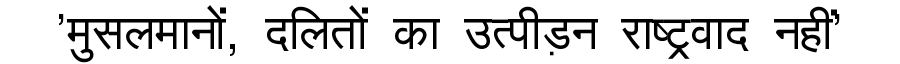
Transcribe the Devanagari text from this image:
'मुसलमानों, दलितों का उत्पीड़न राष्ट्रवाद नहीं'